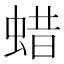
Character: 蜡